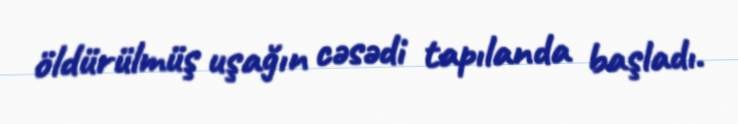
öldürülmüş uşağın cəsədi tapılanda başladı.